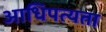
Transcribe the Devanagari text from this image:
आधिपत्यता